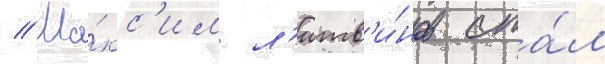
// Ма́кс'им л'итв'и́нов ста́л